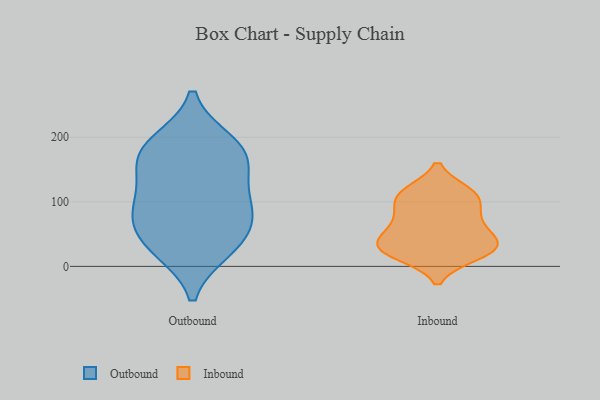
{"axis": {"x": "Waste Production (Tons)", "y": "Value"}, "legend": ["Inbound", "Outbound"], "data": [{"x": "", "y": 192, "type": "Outbound"}, {"x": "", "y": 83, "type": "Outbound"}, {"x": "", "y": 146, "type": "Outbound"}, {"x": "", "y": 170, "type": "Outbound"}, {"x": "", "y": 165, "type": "Outbound"}, {"x": "", "y": 91, "type": "Outbound"}, {"x": "", "y": 44, "type": "Outbound"}, {"x": "", "y": 107, "type": "Outbound"}, {"x": "", "y": 188, "type": "Outbound"}, {"x": "", "y": 29, "type": "Outbound"}, {"x": "", "y": 75, "type": "Outbound"}, {"x": "", "y": 26, "type": "Outbound"}, {"x": "", "y": 18, "type": "Inbound"}, {"x": "", "y": 114, "type": "Inbound"}, {"x": "", "y": 24, "type": "Inbound"}, {"x": "", "y": 22, "type": "Inbound"}, {"x": "", "y": 80, "type": "Inbound"}, {"x": "", "y": 43, "type": "Inbound"}, {"x": "", "y": 106, "type": "Inbound"}, {"x": "", "y": 114, "type": "Inbound"}, {"x": "", "y": 70, "type": "Inbound"}, {"x": "", "y": 38, "type": "Inbound"}, {"x": "", "y": 107, "type": "Inbound"}, {"x": "", "y": 31, "type": "Inbound"}, {"x": "", "y": 33, "type": "Inbound"}, {"x": "", "y": 67, "type": "Inbound"}]}